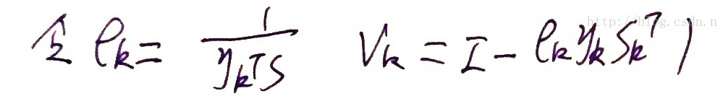
令$  \rho_{k}=\frac{1}{y_{k}^{T} s} \quad V_{k}=I-\rho_{k} y_{k} s_{k}^{T}$